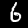
Label: 6